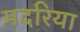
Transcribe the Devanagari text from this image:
मदरिया